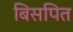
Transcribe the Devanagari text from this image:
बिसपित